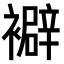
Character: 𧞃